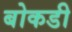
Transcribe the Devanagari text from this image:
बोकडी